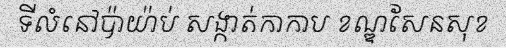
ទីលំនៅប៉ាយ៉ាប់ សង្កាត់កាកាប ខណ្ឌសែនសុខ